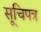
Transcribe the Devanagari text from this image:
सूचिपत्र